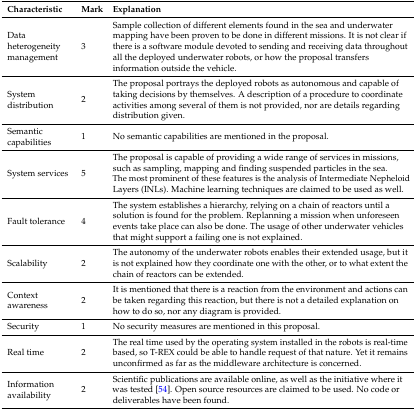
<table><thead><tr><td><b>Characteristic</b></td><td><b>Mark</b></td><td><b>Explanation</b></td></tr></thead><tbody><tr><td>Data heterogeneity management</td><td>3</td><td>Sample collection of different elements found in the sea and underwater mapping have been proven to be done in different missions. It is not clear if there is a software module devoted to sending and receiving data throughout all the deployed underwater robots, or how the proposal transfers information outside the vehicle.</td></tr><tr><td>System distribution</td><td>2</td><td>The proposal portrays the deployed robots as autonomous and capable of taking decisions by themselves. A description of a procedure to coordinate activities among several of them is not provided, nor are details regarding distribution given.</td></tr><tr><td>Semantic capabilities</td><td>1</td><td>No semantic capabilities are mentioned in the proposal.</td></tr><tr><td>System services</td><td>5</td><td>The proposal is capable of providing a wide range of services in missions, such as sampling, mapping and finding suspended particles in the sea. The most prominent of these features is the analysis of Intermediate Nepheloid Layers (INLs). Machine learning techniques are claimed to be used as well.</td></tr><tr><td>Fault tolerance</td><td>4</td><td>The system establishes a hierarchy, relying on a chain of reactors until a solution is found for the problem. Replanning a mission when unforeseen events take place can also be done. The usage of other underwater vehicles that might support a failing one is not explained.</td></tr><tr><td>Scalability</td><td>2</td><td>The autonomy of the underwater robots enables their extended usage, but it is not explained how they coordinate one with the other, or to what extent the chain of reactors can be extended.</td></tr><tr><td>Context awareness</td><td>2</td><td>It is mentioned that there is a reaction from the environment and actions can be taken regarding this reaction, but there is not a detailed explanation on how to do so, nor any diagram is provided.</td></tr><tr><td>Security</td><td>1</td><td>No security measures are mentioned in this proposal.</td></tr><tr><td>Real time</td><td>2</td><td>The real time used by the operating system installed in the robots is real-time based, so T-REX could be able to handle request of that nature. Yet it remains unconfirmed as far as the middleware architecture is concerned.</td></tr><tr><td>Information availability</td><td>2</td><td>Scientific publications are available online, as well as the initiative where it was tested [54]. Open source resources are claimed to be used. No code or deliverables have been found.</td></tr></tbody></table>